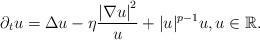
LaTeX: \begin{align*} \partial_t u = \Delta u - \eta \frac{\left| \nabla u \right|^2}{u} + |u|^{p-1}u, u \in \mathbb{R}.\end{align*}